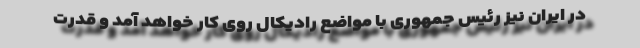
در ایران نیز رئیس جمهوری با مواضع رادیکال روی کار خواهد آمد و قدرت